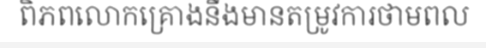
ពិភពលោកគ្រោងនឹងមានតម្រូវការថាមពល